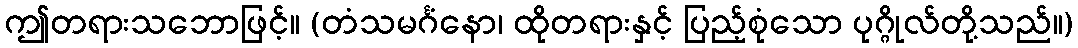
ဤတရားသဘောဖြင့်။ (တံသမင်္ဂံနော၊ ထိုတရားနှင့် ပြည့်စုံသော ပုဂ္ဂိုလ်တို့သည်။)